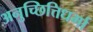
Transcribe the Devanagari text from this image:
अनुच्छित्तिधर्मा